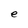
Character: e